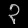
Digit: ၃